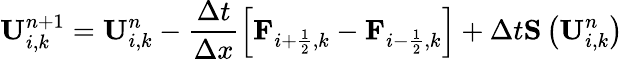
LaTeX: \textbf{U}_{i,k}^{n+1}=\textbf{U}_{i,k}^{n}-\frac{\Delta t}{\Delta x}\left[\textbf{F}_{i+\frac{1}{2},k}-\textbf{F}_{i-\frac{1}{2},k}\right]+\Delta t\textbf{S}\left(\textbf{U}_{i,k}^{n}\right)